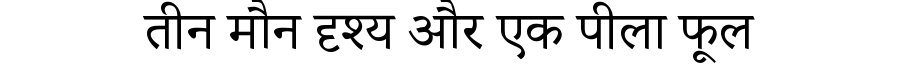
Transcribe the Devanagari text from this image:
तीन मौन दृश्य और एक पीला फूल